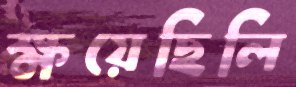
ক্ষয়েছিলি